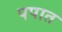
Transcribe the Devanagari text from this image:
पपात